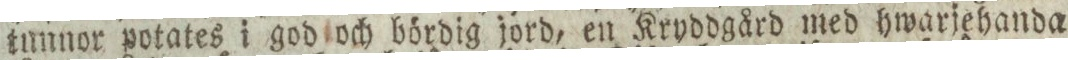
tunnor potates i god och bördig jord, en Kryddgård med hwarjehanda